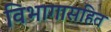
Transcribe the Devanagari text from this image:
विभागासहित